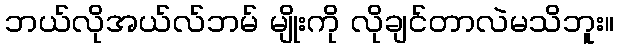
ဘယ်လိုအယ်လ်ဘမ် မျိုးကို လိုချင်တာလဲမသိဘူး။